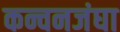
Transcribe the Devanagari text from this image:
कन्चनजंघा